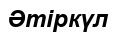
Әтіркүл